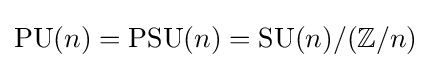
\mathrm {PU} (n)=\mathrm {PSU} (n)=\mathrm {SU} (n)/(\mathbb {Z} /n)